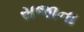
સજાના